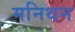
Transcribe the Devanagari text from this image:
मनिथन